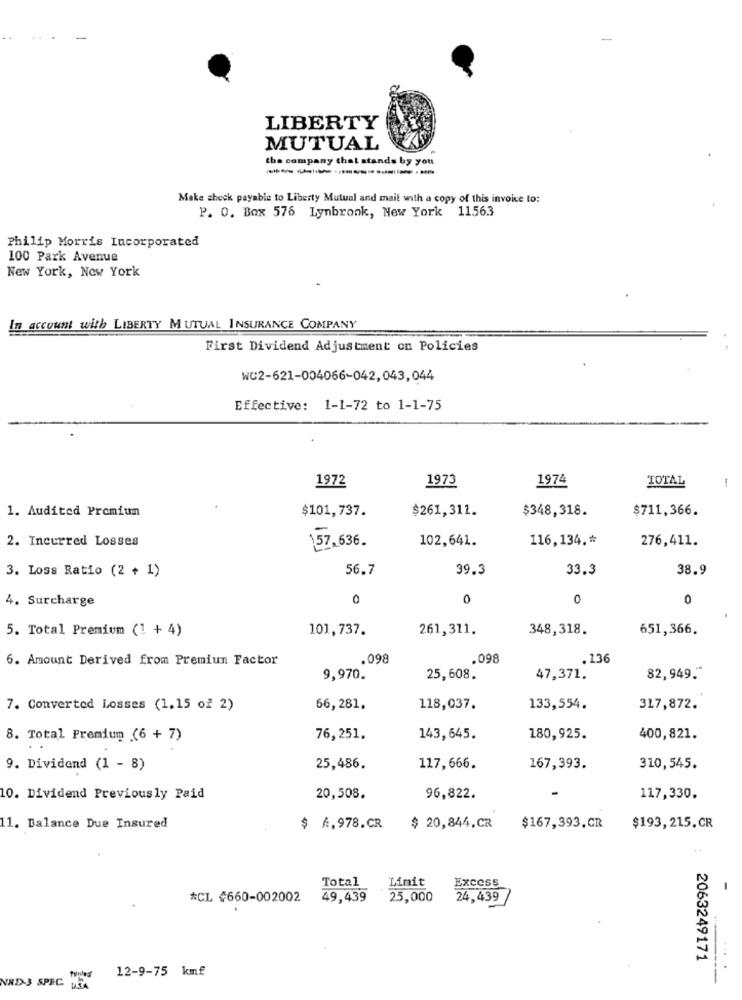
-
LIBERTY
MUTUAL
the company that stands by you
Make check payable to Liberty Mutual and mait with a copy of this invoice to:
P. O. Box 576 Lynbrook, New York 11563
Philip Morris Incorporated
100 Park Avenue
New York, New York
In account with LIBERTY MUTUAL INSURANCE COMPANY
First Dividend Adjustment on Policies
WC2-621-004066-042, 043,044
Effective: 1-1-72 to 1-1-75
1972
1973
1974
TOTAL
1
1. Audited Premium
$101,737.
$261,311.
$348,318.
$711,366.
2. Incurred Losses
157.636.
102,641.
116,134 .*
276,411.
3. Loss Ratio (2 + 1)
56.7
39.3
33.3
38.9
4. Surcharge
0
0
0
0
5. Total Premium (1 + 4)
101,737.
261,311.
348,318.
651,366.
6. Amount Derived from Premiun Factor
.098
.098
.136
9,970.
25,608.
47,371.
82,949."
7. Converted Losses (1,15 of 2)
66,281.
118,037.
133,554.
317,872.
8. Total Premium (6 + 7)
76, 251.
143,645.
180,925.
400,821.
9. Dividend (1 - 8)
25,486.
117,666.
167,393.
310,545.
10. Dividend Previously Paid
20,508.
96,822.
117,330.
11. Balance Due Insured
$ 4,978.CR
$ 20,844.CR
$167,393.CR
$193,215.CR
Total
Limit
Excess
*CL #660-002002
49,439
25,000
24,439
2063249171
12-9-75 kmf
NAD-3 SPEC
Punted